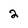
Character: 2